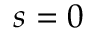
s = 0